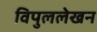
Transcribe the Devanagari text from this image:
विपुललेखन